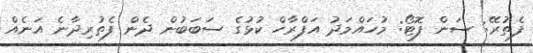
ފެތުރޭ: ސަން ފޮޓޯ: މުހައްމަދު އަފްރާހް ކުޅުގެ ސަބަބުން ދެން ފެތުރިދާނެ އަނެއް